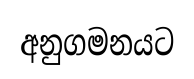
අනුගමනයට